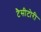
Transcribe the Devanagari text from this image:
टैसीटोरी